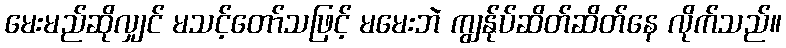
မေးမည်ဆိုလျှင် မသင့်တော်သဖြင့် မမေးဘဲ ကျွန်ုပ်ဆိတ်ဆိတ်နေ လိုက်သည်။